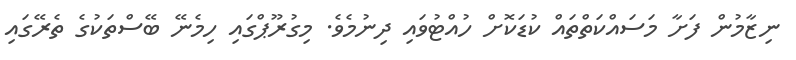
ނިޒާމުން ފަށާ މަސައްކަތްތައް ކުޑަކޮށް ހުއްޓުވައި ދިނުމެވެ. މިގުރޫޕްގައި ހިމެނޭ ބޭސްތަކުގެ ތެރޭގައި